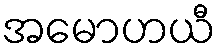
အမောဟယီ